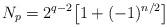
LaTeX: \begin{align*}N_p=2^{q-2}\big[1+(-1)^{n/2}\big]\end{align*}